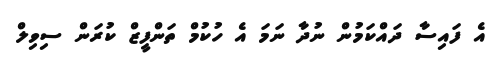
އެ ފައިސާ ދައްކަމުން ނުދާ ނަމަ އެ ހުކުމް ތަންފީޒް ކުރަން ސިވިލް